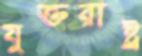
যুক্তরাষ্ট্র্র